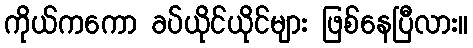
ကိုယ်ကကော ခပ်ယိုင်ယိုင်များ ဖြစ်နေပြီလား။